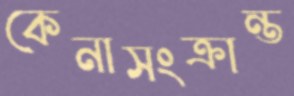
কেনাসংক্রান্ত